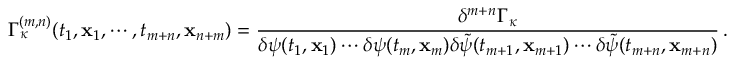
\Gamma _ { \kappa } ^ { ( m , n ) } ( t _ { 1 } , { \bf x } _ { 1 } , \cdots , t _ { m + n } , { \bf x } _ { n + m } ) = \frac { \delta ^ { m + n } \Gamma _ { \kappa } } { \delta \psi ( t _ { 1 } , { \bf x } _ { 1 } ) \cdots \delta \psi ( t _ { m } , { \bf x } _ { m } ) \delta \tilde { \psi } ( t _ { m + 1 } , { \bf x } _ { m + 1 } ) \cdots \delta \tilde { \psi } ( t _ { m + n } , { \bf x } _ { m + n } ) } \, .